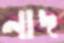
নাদ